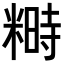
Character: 𥻵